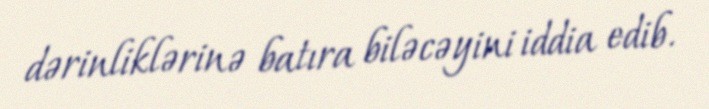
dərinliklərinə batıra biləcəyini iddia edib.